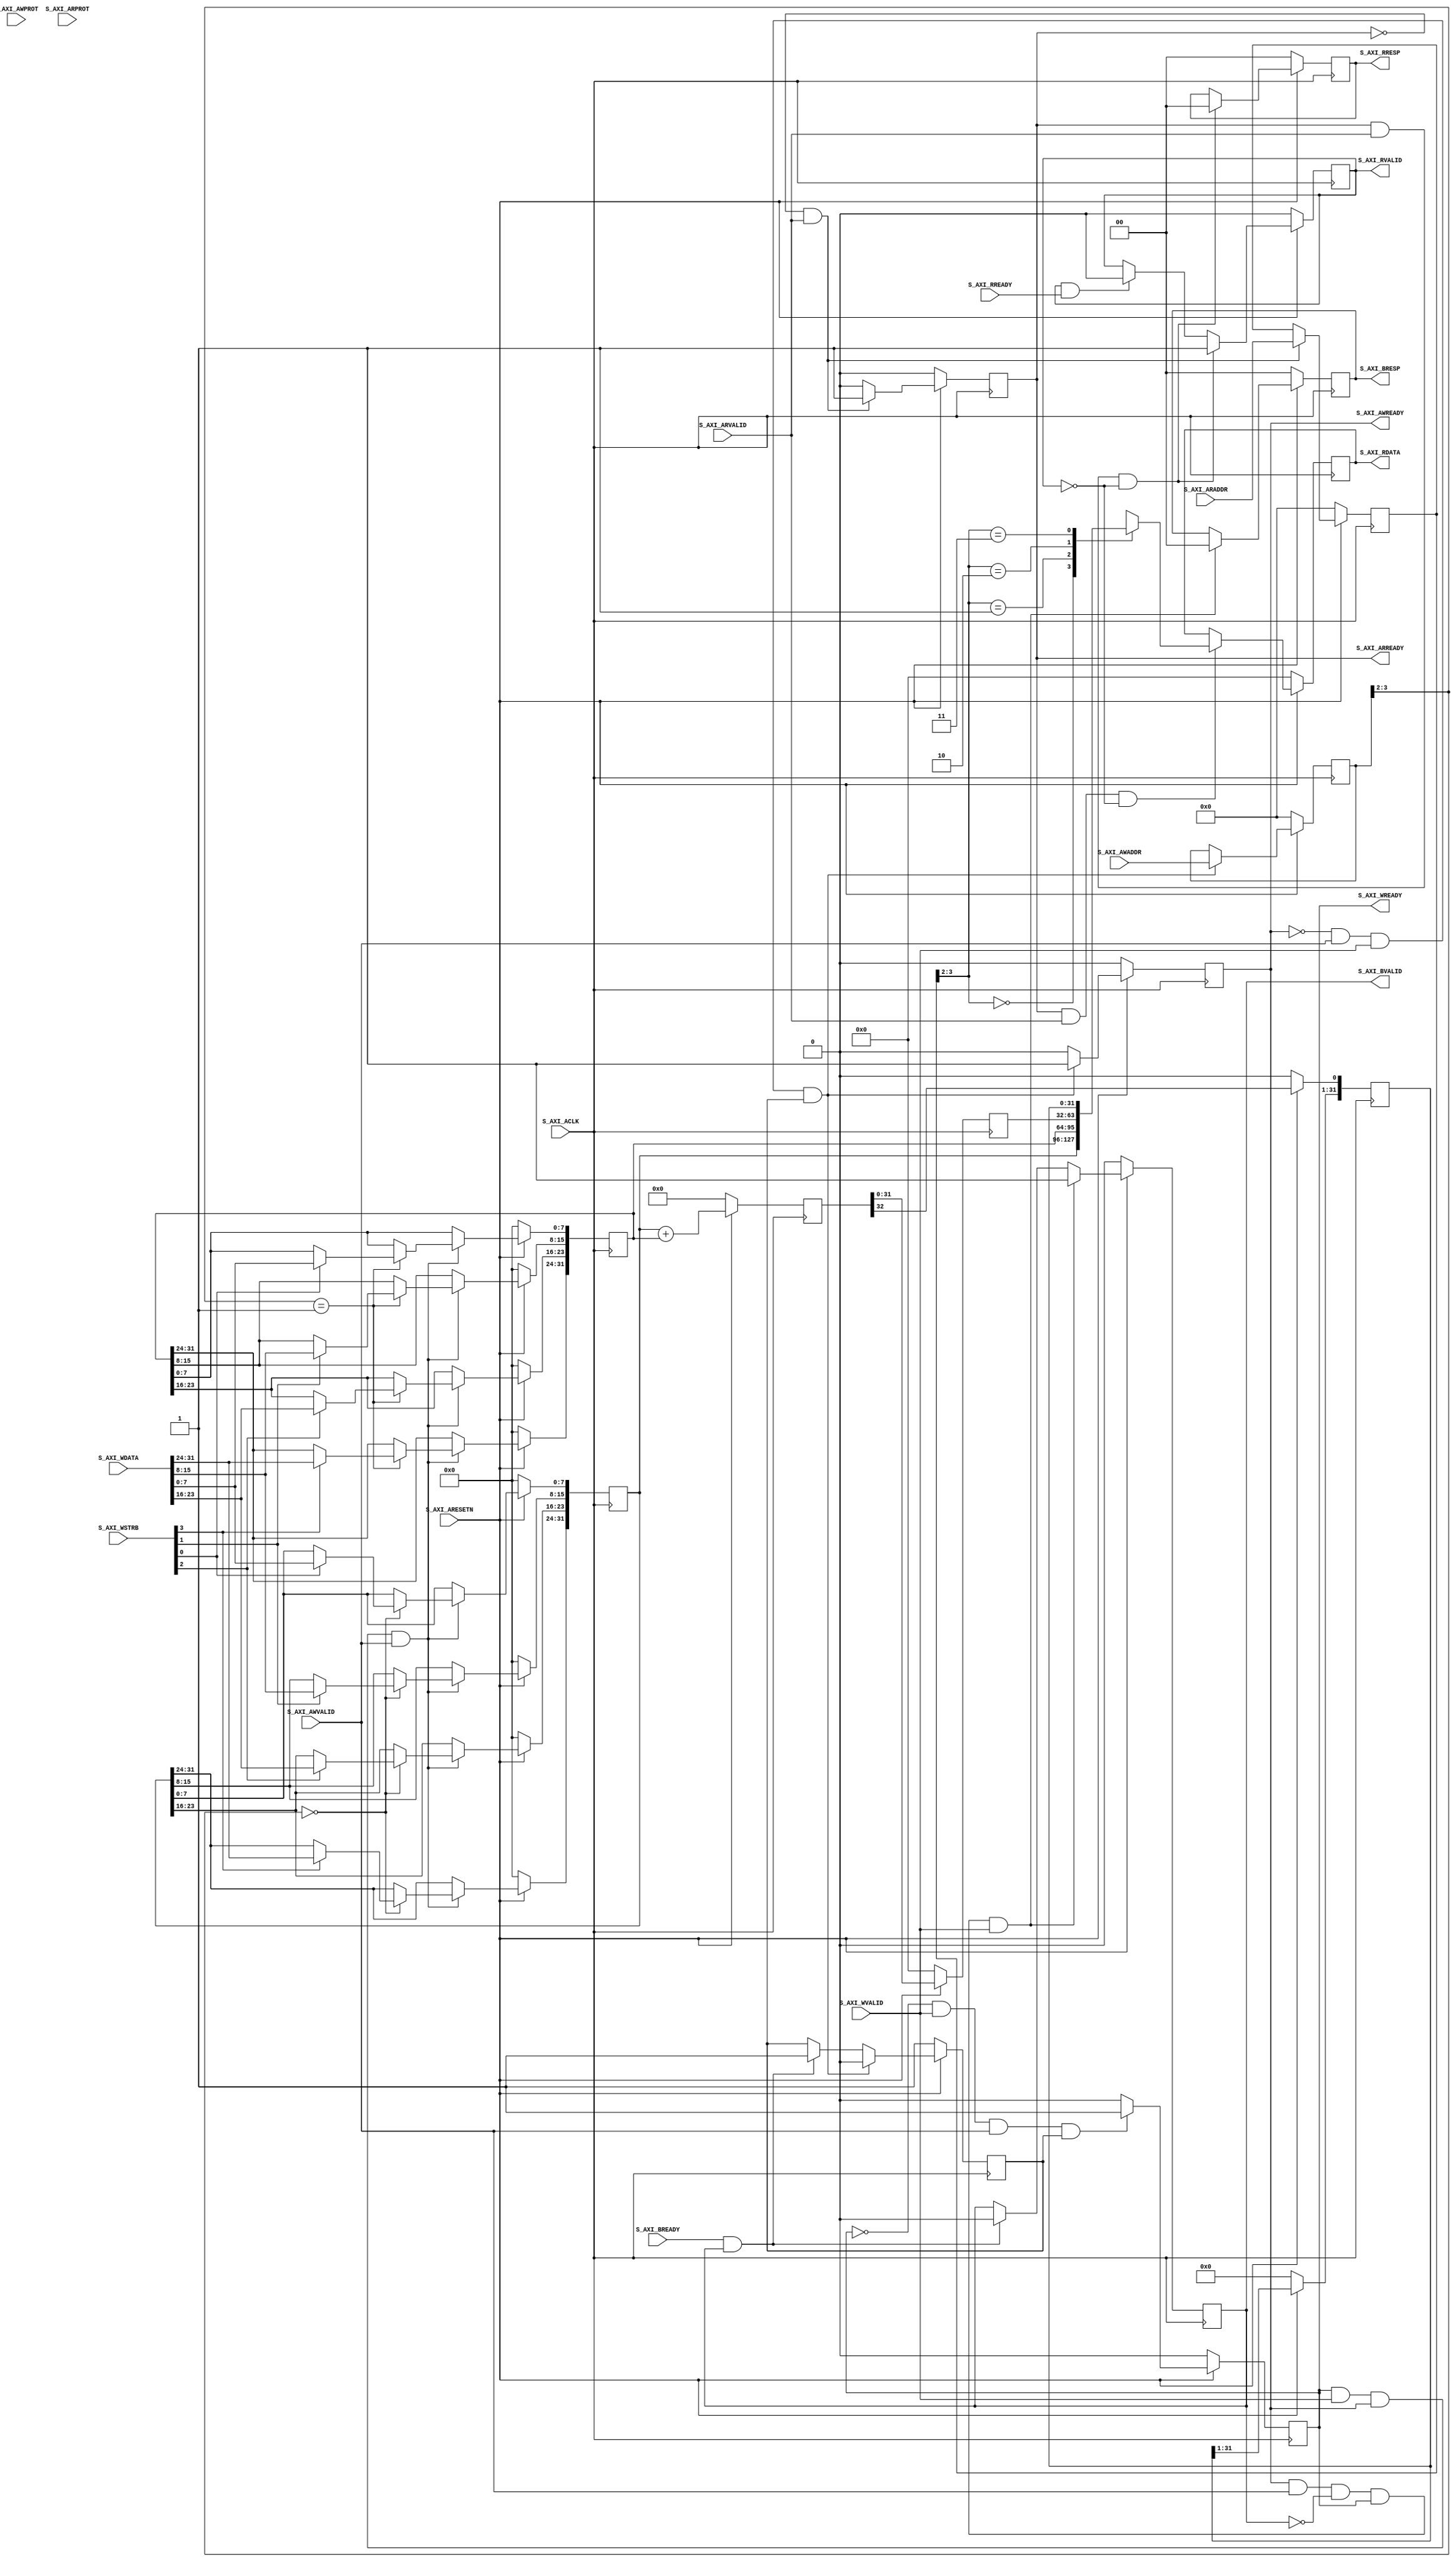
module axi4l_adder_v1_0_S00_AXI #
	(
		// Users to add parameters here

		// User parameters ends
		// Do not modify the parameters beyond this line

		// Width of S_AXI data bus
		parameter integer C_S_AXI_DATA_WIDTH	= 32,
		// Width of S_AXI address bus
		parameter integer C_S_AXI_ADDR_WIDTH	= 4
	)
	(
		// Users to add ports here

		// User ports ends
		// Do not modify the ports beyond this line

		// Global Clock Signal
		input wire  S_AXI_ACLK,
		// Global Reset Signal. This Signal is Active LOW
		input wire  S_AXI_ARESETN,
		// Write address (issued by master, acceped by Slave)
		input wire [C_S_AXI_ADDR_WIDTH-1 : 0] S_AXI_AWADDR,
		// Write channel Protection type. This signal indicates the
    		// privilege and security level of the transaction, and whether
    		// the transaction is a data access or an instruction access.
		input wire [2 : 0] S_AXI_AWPROT,
		// Write address valid. This signal indicates that the master signaling
    		// valid write address and control information.
		input wire  S_AXI_AWVALID,
		// Write address ready. This signal indicates that the slave is ready
    		// to accept an address and associated control signals.
		output wire  S_AXI_AWREADY,
		// Write data (issued by master, acceped by Slave) 
		input wire [C_S_AXI_DATA_WIDTH-1 : 0] S_AXI_WDATA,
		// Write strobes. This signal indicates which byte lanes hold
    		// valid data. There is one write strobe bit for each eight
    		// bits of the write data bus.    
		input wire [(C_S_AXI_DATA_WIDTH/8)-1 : 0] S_AXI_WSTRB,
		// Write valid. This signal indicates that valid write
    		// data and strobes are available.
		input wire  S_AXI_WVALID,
		// Write ready. This signal indicates that the slave
    		// can accept the write data.
		output wire  S_AXI_WREADY,
		// Write response. This signal indicates the status
    		// of the write transaction.
		output wire [1 : 0] S_AXI_BRESP,
		// Write response valid. This signal indicates that the channel
    		// is signaling a valid write response.
		output wire  S_AXI_BVALID,
		// Response ready. This signal indicates that the master
    		// can accept a write response.
		input wire  S_AXI_BREADY,
		// Read address (issued by master, acceped by Slave)
		input wire [C_S_AXI_ADDR_WIDTH-1 : 0] S_AXI_ARADDR,
		// Protection type. This signal indicates the privilege
    		// and security level of the transaction, and whether the
    		// transaction is a data access or an instruction access.
		input wire [2 : 0] S_AXI_ARPROT,
		// Read address valid. This signal indicates that the channel
    		// is signaling valid read address and control information.
		input wire  S_AXI_ARVALID,
		// Read address ready. This signal indicates that the slave is
    		// ready to accept an address and associated control signals.
		output wire  S_AXI_ARREADY,
		// Read data (issued by slave)
		output wire [C_S_AXI_DATA_WIDTH-1 : 0] S_AXI_RDATA,
		// Read response. This signal indicates the status of the
    		// read transfer.
		output wire [1 : 0] S_AXI_RRESP,
		// Read valid. This signal indicates that the channel is
    		// signaling the required read data.
		output wire  S_AXI_RVALID,
		// Read ready. This signal indicates that the master can
    		// accept the read data and response information.
		input wire  S_AXI_RREADY
	);

	// AXI4LITE signals
	reg [C_S_AXI_ADDR_WIDTH-1 : 0] 	axi_awaddr;
	reg  	axi_awready;
	reg  	axi_wready;
	reg [1 : 0] 	axi_bresp;
	reg  	axi_bvalid;
	reg [C_S_AXI_ADDR_WIDTH-1 : 0] 	axi_araddr;
	reg  	axi_arready;
	reg [C_S_AXI_DATA_WIDTH-1 : 0] 	axi_rdata;
	reg [1 : 0] 	axi_rresp;
	reg  	axi_rvalid;

	// Example-specific design signals
	// local parameter for addressing 32 bit / 64 bit C_S_AXI_DATA_WIDTH
	// ADDR_LSB is used for addressing 32/64 bit registers/memories
	// ADDR_LSB = 2 for 32 bits (n downto 2)
	// ADDR_LSB = 3 for 64 bits (n downto 3)
	localparam integer ADDR_LSB = (C_S_AXI_DATA_WIDTH/32) + 1;
	localparam integer OPT_MEM_ADDR_BITS = 1;
	//----------------------------------------------
	//-- Signals for user logic register space example
	//------------------------------------------------
	//-- Number of Slave Registers 4
	reg [C_S_AXI_DATA_WIDTH-1:0]	slv_reg0;
	reg [C_S_AXI_DATA_WIDTH-1:0]	slv_reg1;
	reg [C_S_AXI_DATA_WIDTH-1:0]	slv_reg2;
	reg [C_S_AXI_DATA_WIDTH-1:0]	slv_reg3;
	wire	 slv_reg_rden;
	wire	 slv_reg_wren;
	reg [C_S_AXI_DATA_WIDTH-1:0]	 reg_data_out;
	integer	 byte_index;
	reg	 aw_en;

	reg [C_S_AXI_DATA_WIDTH-0:0]	sum;

	// I/O Connections assignments

	assign S_AXI_AWREADY	= axi_awready;
	assign S_AXI_WREADY	= axi_wready;
	assign S_AXI_BRESP	= axi_bresp;
	assign S_AXI_BVALID	= axi_bvalid;
	assign S_AXI_ARREADY	= axi_arready;
	assign S_AXI_RDATA	= axi_rdata;
	assign S_AXI_RRESP	= axi_rresp;
	assign S_AXI_RVALID	= axi_rvalid;
	// Implement axi_awready generation
	// axi_awready is asserted for one S_AXI_ACLK clock cycle when both
	// S_AXI_AWVALID and S_AXI_WVALID are asserted. axi_awready is
	// de-asserted when reset is low.

	always @( posedge S_AXI_ACLK )
	begin
	  if ( S_AXI_ARESETN == 1'b0 )
	    begin
	      axi_awready <= 1'b0;
	      aw_en <= 1'b1;
	    end 
	  else
	    begin    
	      if (~axi_awready && S_AXI_AWVALID && S_AXI_WVALID && aw_en)
	        begin
	          // slave is ready to accept write address when 
	          // there is a valid write address and write data
	          // on the write address and data bus. This design 
	          // expects no outstanding transactions. 
	          axi_awready <= 1'b1;
	          aw_en <= 1'b0;
	        end
	        else if (S_AXI_BREADY && axi_bvalid)
	            begin
	              aw_en <= 1'b1;
	              axi_awready <= 1'b0;
	            end
	      else           
	        begin
	          axi_awready <= 1'b0;
	        end
	    end 
	end       

	// Implement axi_awaddr latching
	// This process is used to latch the address when both 
	// S_AXI_AWVALID and S_AXI_WVALID are valid. 

	always @( posedge S_AXI_ACLK )
	begin
	  if ( S_AXI_ARESETN == 1'b0 )
	    begin
	      axi_awaddr <= 0;
	    end 
	  else
	    begin    
	      if (~axi_awready && S_AXI_AWVALID && S_AXI_WVALID && aw_en)
	        begin
	          // Write Address latching 
	          axi_awaddr <= S_AXI_AWADDR;
	        end
	    end 
	end       

	// Implement axi_wready generation
	// axi_wready is asserted for one S_AXI_ACLK clock cycle when both
	// S_AXI_AWVALID and S_AXI_WVALID are asserted. axi_wready is 
	// de-asserted when reset is low. 

	always @( posedge S_AXI_ACLK )
	begin
	  if ( S_AXI_ARESETN == 1'b0 )
	    begin
	      axi_wready <= 1'b0;
	    end 
	  else
	    begin    
	      if (~axi_wready && S_AXI_WVALID && S_AXI_AWVALID && aw_en )
	        begin
	          // slave is ready to accept write data when 
	          // there is a valid write address and write data
	          // on the write address and data bus. This design 
	          // expects no outstanding transactions. 
	          axi_wready <= 1'b1;
	        end
	      else
	        begin
	          axi_wready <= 1'b0;
	        end
	    end 
	end       

	// Implement memory mapped register select and write logic generation
	// The write data is accepted and written to memory mapped registers when
	// axi_awready, S_AXI_WVALID, axi_wready and S_AXI_WVALID are asserted. Write strobes are used to
	// select byte enables of slave registers while writing.
	// These registers are cleared when reset (active low) is applied.
	// Slave register write enable is asserted when valid address and data are available
	// and the slave is ready to accept the write address and write data.
	assign slv_reg_wren = axi_wready && S_AXI_WVALID && axi_awready && S_AXI_AWVALID;

	always @( posedge S_AXI_ACLK )
	begin
	  if ( S_AXI_ARESETN == 1'b0 )
	    begin
	      slv_reg0 <= 0;
	      slv_reg1 <= 0;
/*	      slv_reg2 <= 0;
	      slv_reg3 <= 0;
*/	    end 
	  else begin
	    if (slv_reg_wren)
	      begin
	        case ( axi_awaddr[ADDR_LSB+OPT_MEM_ADDR_BITS:ADDR_LSB] )
	          2'h0:
	            for ( byte_index = 0; byte_index <= (C_S_AXI_DATA_WIDTH/8)-1; byte_index = byte_index+1 )
	              if ( S_AXI_WSTRB[byte_index] == 1 ) begin
	                // Respective byte enables are asserted as per write strobes 
	                // Slave register 0
	                slv_reg0[(byte_index*8) +: 8] <= S_AXI_WDATA[(byte_index*8) +: 8];
	              end  
	          2'h1:
	            for ( byte_index = 0; byte_index <= (C_S_AXI_DATA_WIDTH/8)-1; byte_index = byte_index+1 )
	              if ( S_AXI_WSTRB[byte_index] == 1 ) begin
	                // Respective byte enables are asserted as per write strobes 
	                // Slave register 1
	                slv_reg1[(byte_index*8) +: 8] <= S_AXI_WDATA[(byte_index*8) +: 8];
	              end  
/*	          2'h2:
	            for ( byte_index = 0; byte_index <= (C_S_AXI_DATA_WIDTH/8)-1; byte_index = byte_index+1 )
	              if ( S_AXI_WSTRB[byte_index] == 1 ) begin
	                // Respective byte enables are asserted as per write strobes 
	                // Slave register 2
	                slv_reg2[(byte_index*8) +: 8] <= S_AXI_WDATA[(byte_index*8) +: 8];
	              end  
	          2'h3:
	            for ( byte_index = 0; byte_index <= (C_S_AXI_DATA_WIDTH/8)-1; byte_index = byte_index+1 )
	              if ( S_AXI_WSTRB[byte_index] == 1 ) begin
	                // Respective byte enables are asserted as per write strobes 
	                // Slave register 3
	                slv_reg3[(byte_index*8) +: 8] <= S_AXI_WDATA[(byte_index*8) +: 8];
	              end  
*/	          default : begin
	                      slv_reg0 <= slv_reg0;
	                      slv_reg1 <= slv_reg1;
/*	                      slv_reg2 <= slv_reg2;
	                      slv_reg3 <= slv_reg3;
*/	                    end
	        endcase
	      end
	  end
	end    

	// Implement write response logic generation
	// The write response and response valid signals are asserted by the slave 
	// when axi_wready, S_AXI_WVALID, axi_wready and S_AXI_WVALID are asserted.  
	// This marks the acceptance of address and indicates the status of 
	// write transaction.

	always @( posedge S_AXI_ACLK )
	begin
	  if ( S_AXI_ARESETN == 1'b0 )
	    begin
	      axi_bvalid  <= 0;
	      axi_bresp   <= 2'b0;
	    end 
	  else
	    begin    
	      if (axi_awready && S_AXI_AWVALID && ~axi_bvalid && axi_wready && S_AXI_WVALID)
	        begin
	          // indicates a valid write response is available
	          axi_bvalid <= 1'b1;
	          axi_bresp  <= 2'b0; // 'OKAY' response 
	        end                   // work error responses in future
	      else
	        begin
	          if (S_AXI_BREADY && axi_bvalid) 
	            //check if bready is asserted while bvalid is high) 
	            //(there is a possibility that bready is always asserted high)   
	            begin
	              axi_bvalid <= 1'b0; 
	            end  
	        end
	    end
	end   

	// Implement axi_arready generation
	// axi_arready is asserted for one S_AXI_ACLK clock cycle when
	// S_AXI_ARVALID is asserted. axi_awready is 
	// de-asserted when reset (active low) is asserted. 
	// The read address is also latched when S_AXI_ARVALID is 
	// asserted. axi_araddr is reset to zero on reset assertion.

	always @( posedge S_AXI_ACLK )
	begin
	  if ( S_AXI_ARESETN == 1'b0 )
	    begin
	      axi_arready <= 1'b0;
	      axi_araddr  <= 32'b0;
	    end 
	  else
	    begin    
	      if (~axi_arready && S_AXI_ARVALID)
	        begin
	          // indicates that the slave has acceped the valid read address
	          axi_arready <= 1'b1;
	          // Read address latching
	          axi_araddr  <= S_AXI_ARADDR;
	        end
	      else
	        begin
	          axi_arready <= 1'b0;
	        end
	    end 
	end       

	// Implement axi_arvalid generation
	// axi_rvalid is asserted for one S_AXI_ACLK clock cycle when both 
	// S_AXI_ARVALID and axi_arready are asserted. The slave registers 
	// data are available on the axi_rdata bus at this instance. The 
	// assertion of axi_rvalid marks the validity of read data on the 
	// bus and axi_rresp indicates the status of read transaction.axi_rvalid 
	// is deasserted on reset (active low). axi_rresp and axi_rdata are 
	// cleared to zero on reset (active low).  
	always @( posedge S_AXI_ACLK )
	begin
	  if ( S_AXI_ARESETN == 1'b0 )
	    begin
	      axi_rvalid <= 0;
	      axi_rresp  <= 0;
	    end 
	  else
	    begin    
	      if (axi_arready && S_AXI_ARVALID && ~axi_rvalid)
	        begin
	          // Valid read data is available at the read data bus
	          axi_rvalid <= 1'b1;
	          axi_rresp  <= 2'b0; // 'OKAY' response
	        end   
	      else if (axi_rvalid && S_AXI_RREADY)
	        begin
	          // Read data is accepted by the master
	          axi_rvalid <= 1'b0;
	        end                
	    end
	end    

	// Implement memory mapped register select and read logic generation
	// Slave register read enable is asserted when valid address is available
	// and the slave is ready to accept the read address.
	assign slv_reg_rden = axi_arready & S_AXI_ARVALID & ~axi_rvalid;
	always @(*)
	begin
	      // Address decoding for reading registers
	      case ( axi_araddr[ADDR_LSB+OPT_MEM_ADDR_BITS:ADDR_LSB] )
	        2'h0   : reg_data_out <= slv_reg0;
	        2'h1   : reg_data_out <= slv_reg1;
	        2'h2   : reg_data_out <= slv_reg2;
	        2'h3   : reg_data_out <= slv_reg3;
	        default : reg_data_out <= 0;
	      endcase
	end

	// Output register or memory read data
	always @( posedge S_AXI_ACLK )
	begin
	  if ( S_AXI_ARESETN == 1'b0 )
	    begin
	      axi_rdata  <= 0;
	    end 
	  else
	    begin    
	      // When there is a valid read address (S_AXI_ARVALID) with 
	      // acceptance of read address by the slave (axi_arready), 
	      // output the read dada 
	      if (slv_reg_rden)
	        begin
	          axi_rdata <= reg_data_out;     // register read data
	        end   
	    end
	end    

	// Add user logic here
	always @( posedge S_AXI_ACLK )
	begin
	  if ( S_AXI_ARESETN == 1'b0 )
	    begin
	      sum <= 0;
	      slv_reg2 <= 0;
	      slv_reg3 <= 0;
	    end 
	  else begin
	    sum         <= slv_reg0 + slv_reg1;
	    slv_reg2    <= sum[$high(sum)-1:0]; // lower 32 bits 
	    slv_reg3[0] <= sum[$high(sum)];     // top carry bit
      end
    end
	// User logic ends

	endmodule